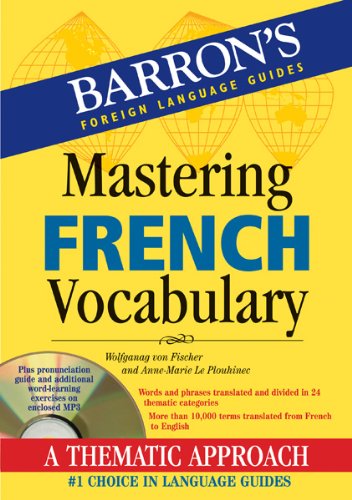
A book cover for Mastering French Vocabulary with Audio MP3: A Thematic Approach (Mastering Vocabulary Series); Wolfgang Fischer; Reference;